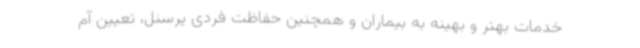
خدمات بهتر و بهینه به بیماران و همچنین حفاظت فردی پرسنل، تعیین آم